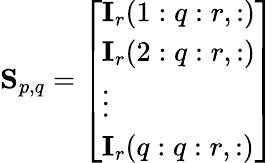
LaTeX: \mathbf{S}_{p,q}={\left[\begin{array}{l}{\mathbf{I}_{r}(1:q:r,:)}\\ {\mathbf{I}_{r}(2:q:r,:)}\\ {\vdots}\\ {\mathbf{I}_{r}(q:q:r,:)}\end{array}\right]}